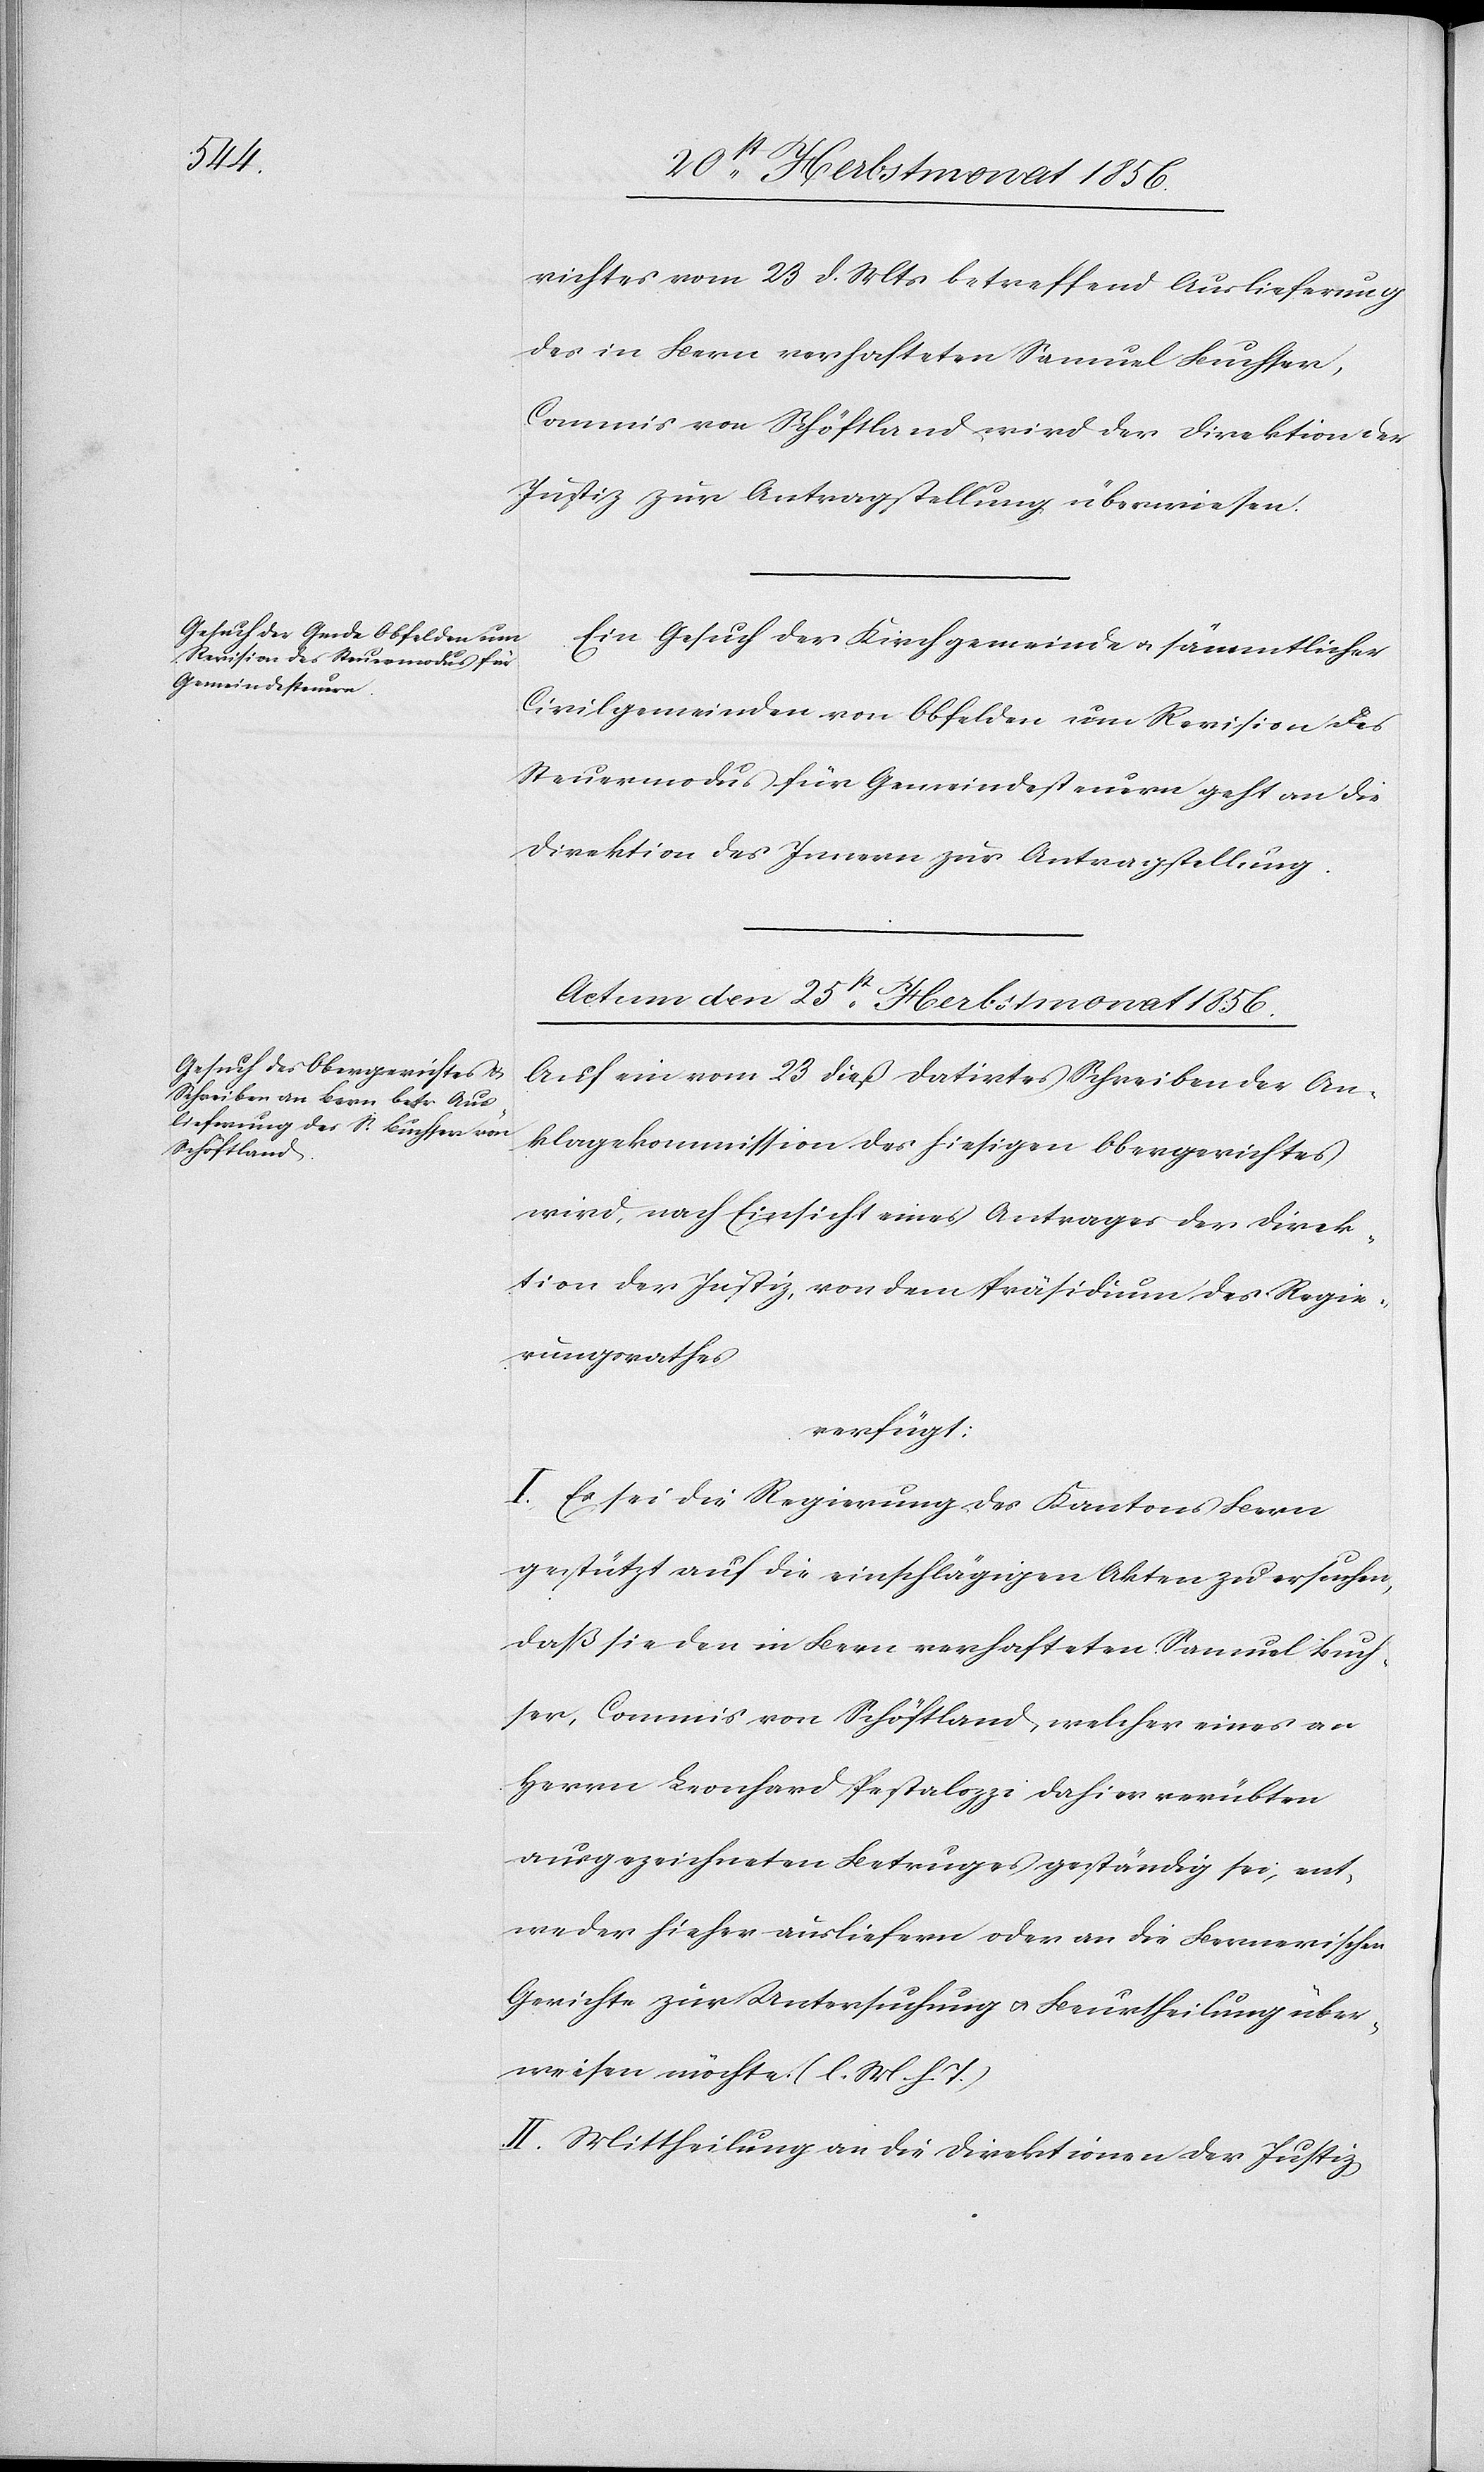
richtes vom 23 d. Mts betreffend Auslieferung
des in Bern verhafteten Samuel Buchser,
Commis von Schöftland wird der Direktion der
Justiz zur Antragstellung überweisen.
Ein Gesuch der Kirchgemeinde u. sämmtlicher
Civilgemeinden von Obfelden um Revision des
Steuermodus für Gemeindesteuern geht an die
Direktion des Innern zur Antragstellung
Actum den 25st Herbstmonat 1856.
Auf ein vom 23 dieß datirtes Schreiben der An¬
klagekommission des hiesigen Obergerichtes
wird, nach Einsicht eines Antrages der Direk¬
tion der Justiz, von dem Präsidium des Regie¬
rungsrathes
verfügt:
I. Es sei die Regierung des Kantons Bern
gestützt auf die einschlägigen Akten zu ersuchen,
daß sie den in Bern verhafteten Samuel Buch¬
ser, Commis von Schöftland, welcher eines an
Herrn Leonhard Pestalozzi dahier verübten
ausgezeichneten Betruges geständig sei, ent¬
weder hieher ausliefern oder an die Bernerischen
Gerichte zur Untersuchung u. Beurtheilung über¬
weisen möchte. (l. M. h. T.)
II. Mittheilung an die Direktionen der Justiz